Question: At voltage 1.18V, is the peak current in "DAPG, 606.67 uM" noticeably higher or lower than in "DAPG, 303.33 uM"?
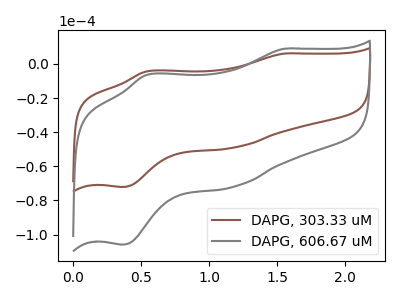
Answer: <think>The brown curve "DAPG, 303.33 uM" has anodic peaks at (1.55V, 6.05uA) (0.55V, -4.35uA) and cathodic peaks at (1.20V, -49.00uA) (0.35V, -72.15uA). The gray curve "DAPG, 606.67 uM" has anodic peaks at (1.55V, 8.90uA) (0.55V, -6.40uA) and cathodic peaks at (1.20V, -71.90uA) (0.35V, -105.90uA).</think>
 <answer>The peak at 1.18V is higher in "DAPG, 606.67 uM" than in "DAPG, 303.33 uM".</answer>
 <eval>higher</eval>